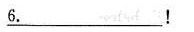
6. \underline{6} !